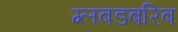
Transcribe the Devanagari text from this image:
ग्लबडबरिब